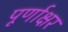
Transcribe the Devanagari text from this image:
पूर्णाक्षर